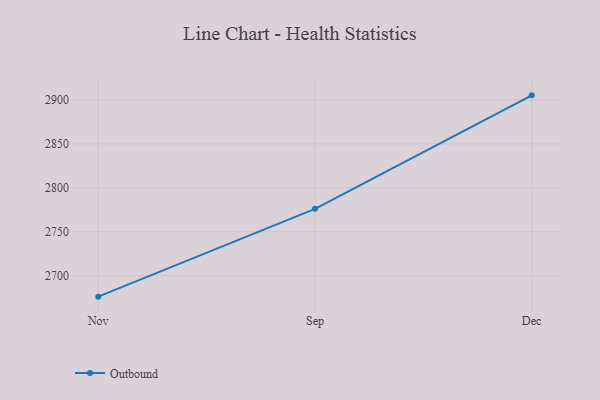
{"axis": {"x": "Month", "y": "Population (Million)"}, "legend": ["Outbound"], "data": [{"x": "Nov", "y": 2676.2, "type": "Outbound"}, {"x": "Sep", "y": 2776.1, "type": "Outbound"}, {"x": "Dec", "y": 2905.2, "type": "Outbound"}]}